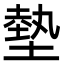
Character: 㙯